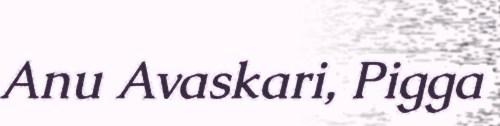
Anu Avaskari, Pigga